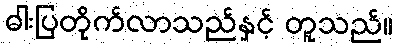
ဓါးပြတိုက်လာသည်နှင့် တူသည်။